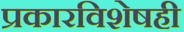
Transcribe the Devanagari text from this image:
प्रकारविशेषही